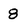
Character: 8